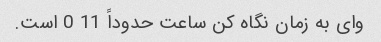
وای به زمان نگاه کن ساعت حدوداً 11 0 است.